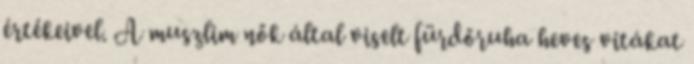
értékeivel. A muszlim nők által viselt fürdőruha heves vitákat